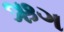
ઋગ